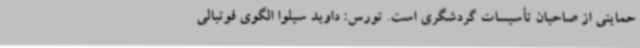
حمایتی از صاحبان تأسیسات گردشگری است. تورس: داوید سیلوا الگوی فوتبالی